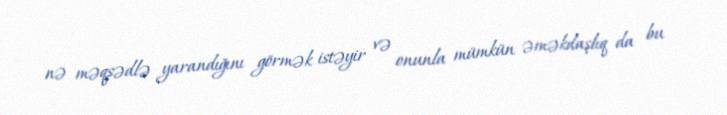
nə məqsədlə yarandığını görmək istəyir və onunla mümkün əməkdaşlıq da bu